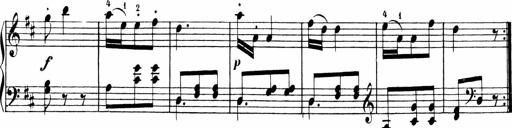
Title: 6 Liedersonatinen
Composer: Carl Reinecke